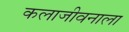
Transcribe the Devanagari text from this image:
कलाजीवनाला